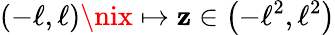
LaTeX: \left(-\ell,\ell\right)\nix\mapsto\mathbf{z}\in\left(-\ell^{2},\ell^{2}\right)